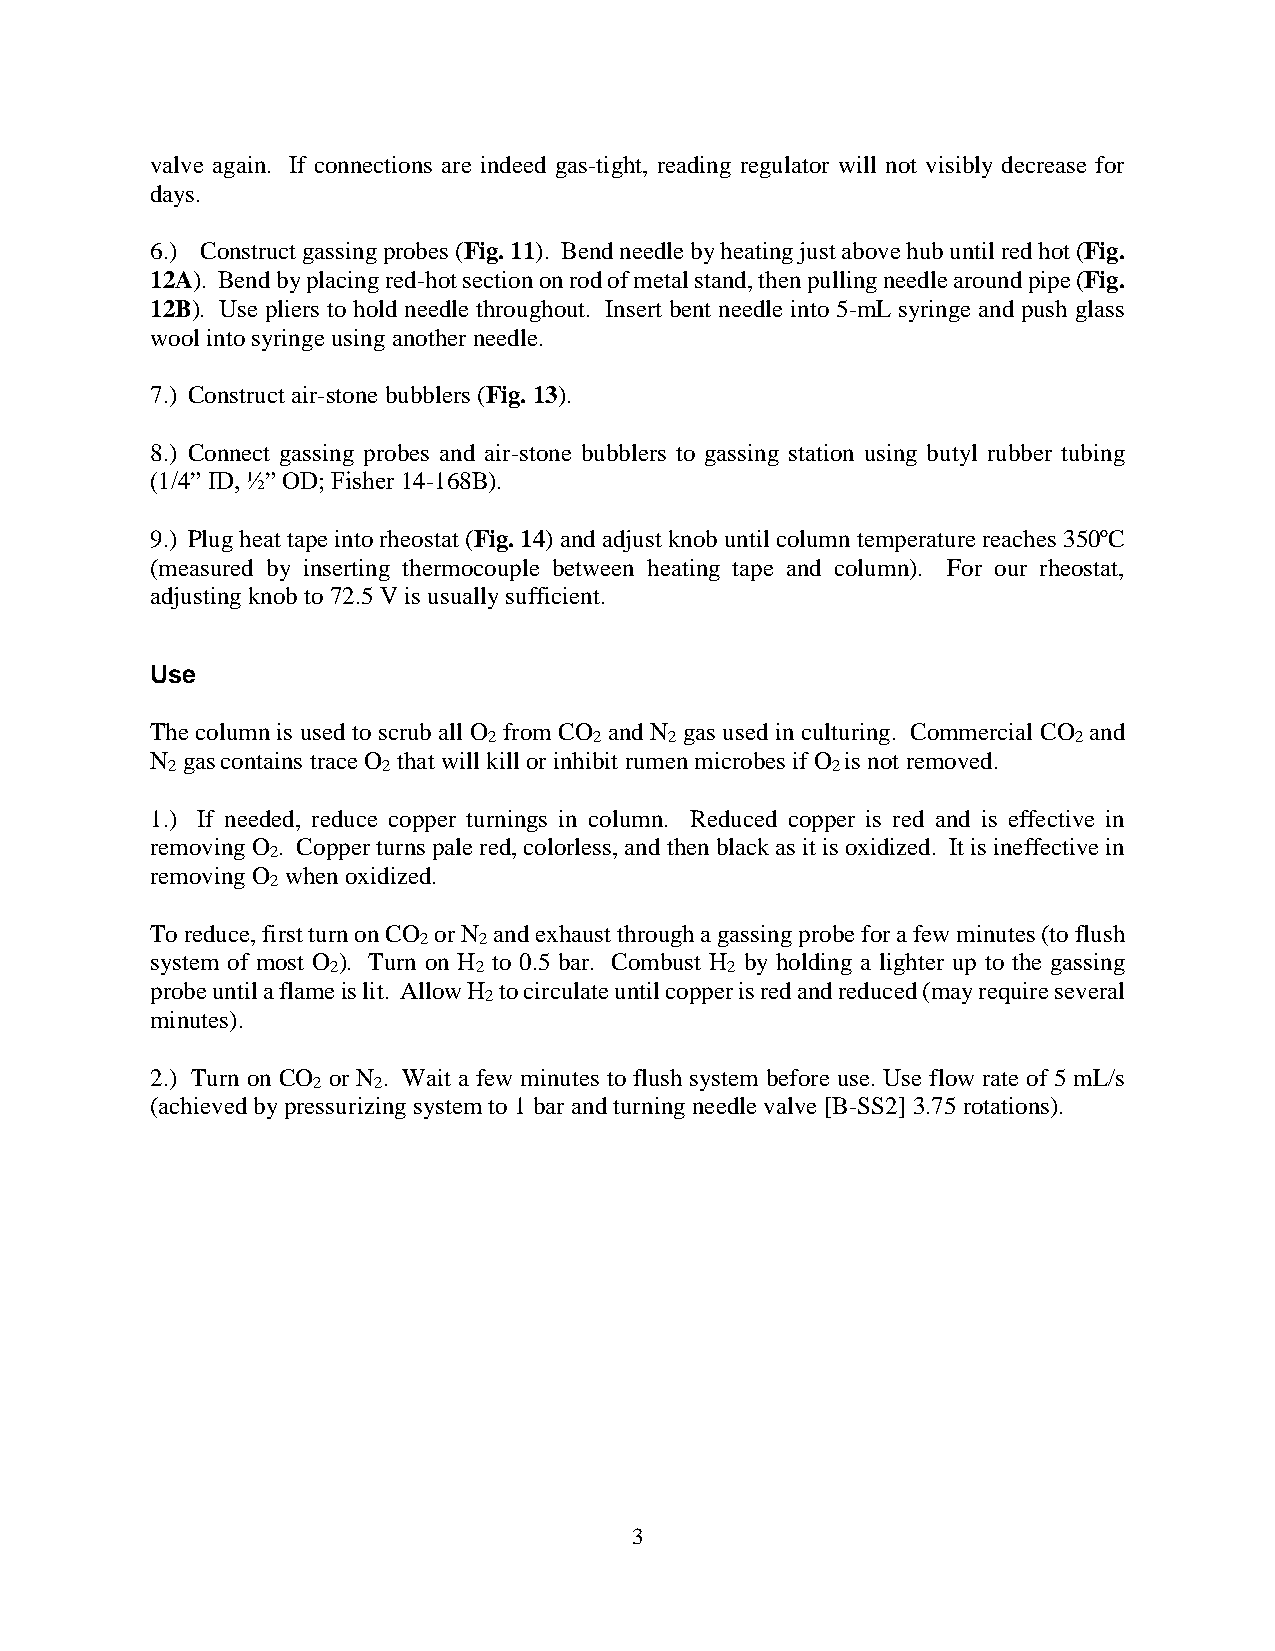
valve again. If connections are indeed gas-tight, reading regulator will not visibly decrease for
 days.
 6.) Construct gassing probes (Fig. 11). Bend needle by heating just above hub until red hot (Fig.
 12A). Bend by placing red-hot section on rod of metal stand, then pulling needle around pipe (Fig.
 12B). Use pliers to hold needle throughout. Insert bent needle into 5-mL syringe and push glass
 wool into syringe using another needle.
 7.) Construct air-stone bubblers (Fig. 13).
 8.) Connect gassing probes and air-stone bubblers to gassing station using butyl rubber tubing
 (1/4” ID, ½” OD; Fisher 14-168B).
 9.) Plug heat tape into rheostat (Fig. 14) and adjust knob until column temperature reaches 350ºC
 (measured by inserting thermocouple between heating tape and column). For our rheostat,
 adjusting knob to 72.5 V is usually sufficient.
 Use
 The column is used to scrub all O from CO and N gas used in culturing. Commercial CO and
 2      2    2                          2
 N gascontains trace O that will kill or inhibit rumen microbes if O is not removed.
 2             2                             2
 1.) If needed, reduce copper turnings in column. Reduced copper is red and is effective in
 removing O . Copper turns pale red, colorless, and then black as it is oxidized. It is ineffective in
 2
 removing O when oxidized.
 2
 To reduce, first turn on CO or N and exhaust through a gassing probe for a few minutes (to flush
 2   2
 system of most O ). Turn on H to 0.5 bar. Combust H by holding a lighter up to the gassing
 2        2                2
 probe until a flame is lit. Allow H to circulate until copper is red and reduced (may require several
 2
 minutes).
 2.) Turn on CO or N . Wait a few minutes to flush system before use. Use flow rate of 5 mL/s
 2   2
 (achieved by pressurizing system to 1 bar and turning needle valve [B-SS2] 3.75 rotations).
 3